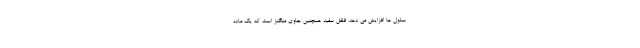
سلول ها افزایش می دهد. فلفل سفید همچنین حاوی منگنز است که یک ماده